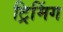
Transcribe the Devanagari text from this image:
ट्रिमिंग